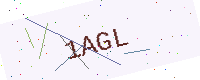
Text: 1AGL